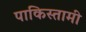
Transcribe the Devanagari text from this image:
पाकिस्तामी